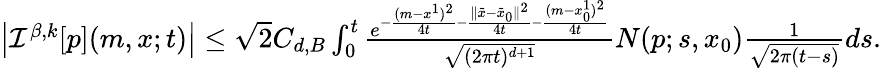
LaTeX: \begin{array}{r}{\left|{\mathcal I}^{\beta,k}[p](m,x;t)\right|\leq\sqrt{2}C_{d,B}\int_{0}^{t}\frac{e^{-\frac{(m-x^{1})^{2}}{4t}-\frac{\| \tilde{x}-\tilde{x}_{0}\| ^{2}}{4t}{-\frac{(m-x_{0}^{1})^{2}}{4t}}}}{\sqrt{(2\pi t)^{d+1}}}N(p;s,x_{0})\frac{1}{\sqrt{2\pi(t-s)}}ds.}\end{array}